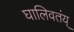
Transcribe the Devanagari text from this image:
घालिवतंय्